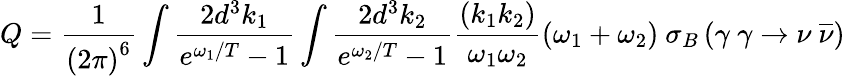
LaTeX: Q=\frac 1{\left(2\pi\right)^{6}}\int\frac{2d^{3}k_{1}}{e^{\omega_{1}/T}-1}\int\frac{2d^{3}k_{2}}{e^{\omega_{2}/T}-1}\frac{\left(k_{1}k_{2}\right)}{\omega_{1}\omega_{2}}\left(\omega_{1}+\omega_{2}\right)\mathrm{~}\sigma_{B}\left(\gamma\mathrm{~}\gamma\rightarrow\nu\mathrm{~}\overline{{{\nu}}}\right)